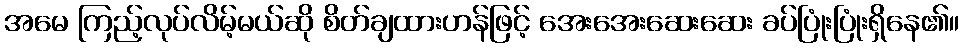
အမေ ကြည့်လုပ်လိမ့်မယ်ဆို စိတ်ချထားဟန်ဖြင့် အေးအေးဆေးဆေး ခပ်ပြုံးပြုံးရှိနေ၏။